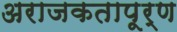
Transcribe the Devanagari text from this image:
अराजकतापूर्ण